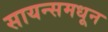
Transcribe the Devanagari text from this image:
सायन्समधून